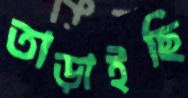
তাড়াইছি